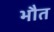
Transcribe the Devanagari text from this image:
भौत